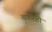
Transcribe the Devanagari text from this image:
तफ़रेही